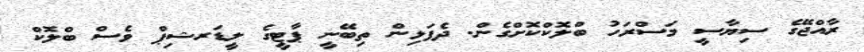
ރާއްޖޭގެ ސިޔާސީ މަސްރަހު ބްލޮކްކޮށްގެން. ދެފަޅިން ތިބޭނީ ޕާޓީގެ ލީޑަރޝިޕް ވެސް ބްލޮކް